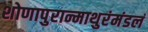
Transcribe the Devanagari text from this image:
शोणापुरान्माथुरंमंडलं